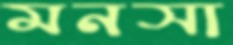
মনসা